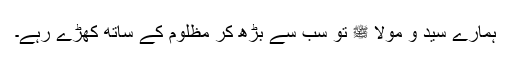
ہمارے سید و مولا ﷺ تو سب سے بڑھ کر مظلوم کے ساتھ کھڑے رہے۔